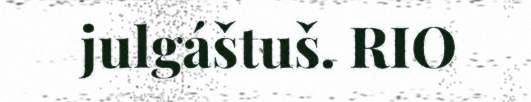
julgáštuš. RIO